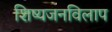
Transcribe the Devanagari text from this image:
शिष्यजनविलाप